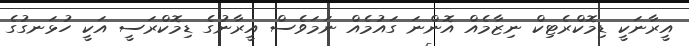
އީރާނަކީ ޑިމޮކްރެޓިކް ނިޒާމެއް އޮންނަ ގައުމެއް ނަމަވެސް އީރާނުގެ ޑިމޮކްރަސީ އަކީ ހުޅަނގުގެ